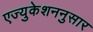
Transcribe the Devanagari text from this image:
एज्युकेशननुसार